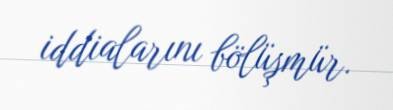
iddialarını bölüşmür.